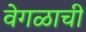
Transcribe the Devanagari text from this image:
वेगळाची